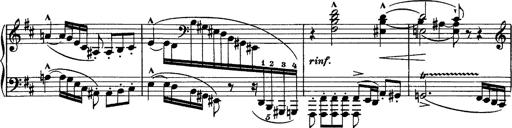
Title: Piano Sonata
Composer: Karl HÃ¤ssler
Key: C major